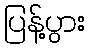
ပြန့်ပွား